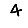
Digit: 4